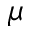
\mu